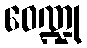
ဝေဏ္ဍု